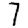
Digit: 7